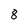
Character: 8